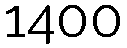
1400